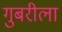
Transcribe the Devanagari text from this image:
गुबरीला